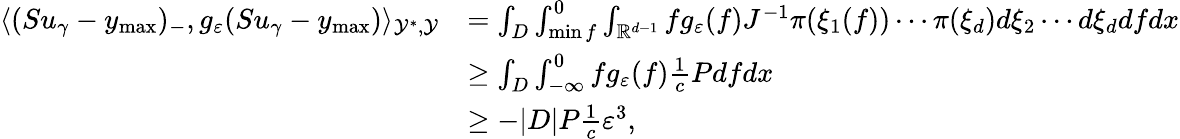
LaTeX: \begin{array}{rl}{\langle(Su_{\gamma}-y_{\operatorname*{max}})_{-},g_{\varepsilon}(Su_{\gamma}-y_{\operatorname*{max}})\rangle_{\mathcal{Y}^{*},\mathcal{Y}}}&{=\int_{D}\int_{\operatorname*{min}f}^{0}\int_{\mathbb{R}^{d-1}}fg_{\varepsilon}(f)J^{-1}\pi(\xi_{1}(f))\cdots\pi(\xi_{d})d\xi_{2}\cdots d\xi_{d}dfdx}\\ &{\ge\int_{D}\int_{-\infty}^{0}fg_{\varepsilon}(f)\frac{1}{c}Pdfdx}\\ &{\ge-|D|P\frac{1}{c}\varepsilon^{3},}\end{array}